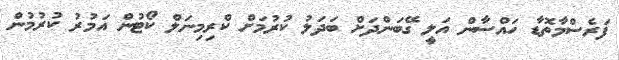
ފަރެސްމާތޮޑާ ހައްސާން އަލީ ގޭބަންދަށް ބަދަލު ކުރުމަށް ކްރިމިނަލް ކޯޓުން އަމުރު ކުރުމުން